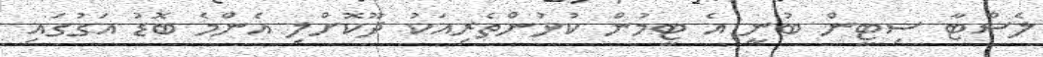
ލެސްޓާ ސިޓީން ބުނީ އެ ޓީމުން ކުޅުންތެރިއަކު ދޫކޮށްލި އެންމެ ބޮޑު އަގުގައި